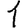
Digit: 1